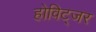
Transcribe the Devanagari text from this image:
होविट्जर